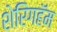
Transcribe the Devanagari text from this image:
शेरिंगहॅम